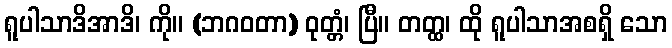
ရူပါသာဒိအာဒိ၊ ကို။ (ဘဂဝတာ) ဝုတ္တံ၊ ပြီ။ တတ္ထ၊ ထို ရူပါသာအစရှိ သော